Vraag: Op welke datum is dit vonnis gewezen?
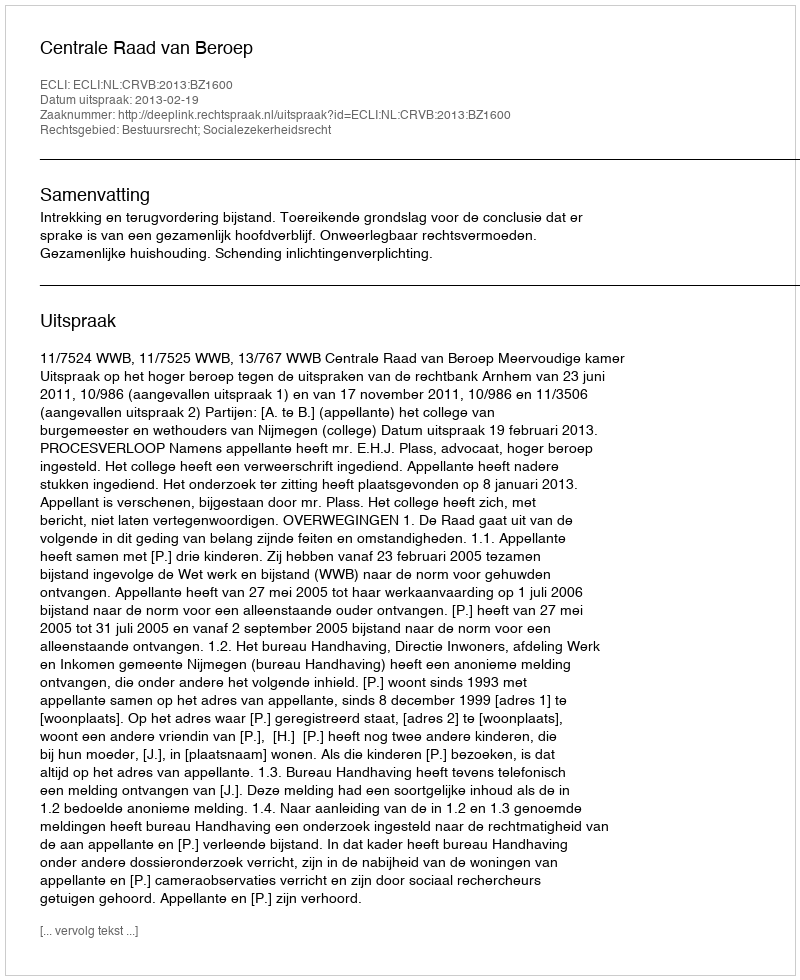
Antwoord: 2013-02-19